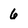
Character: 6